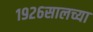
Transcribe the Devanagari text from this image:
१९२६सालच्या